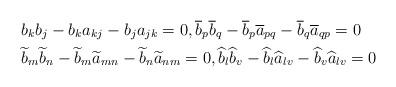
LaTeX: \begin{align*} &b_kb_j-b_ka_{kj}-b_ja_{jk}=0,\overline{b}_p\overline{b}_q-\overline{b}_p\overline{a}_{pq}-\overline{b}_q\overline a_{qp}=0\\ &\widetilde{b}_m\widetilde{b}_n-\widetilde{b}_m\widetilde{a}_{mn}-\widetilde{b}_n\widetilde{a}_{nm}=0,\widehat{b}_l\widehat{b}_v-\widehat{b}_l\widehat{a}_{lv}-\widehat{b}_v\widehat{a}_{lv}=0\end{align*}